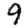
Digit: 9